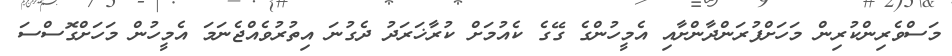
މަސްވެރިންކުރިން މަހަށްފުރަންދާންށާއި އެމީހުންގެ ގޭގެ ކެއުމަށް ކުރާޚަރަދު ދެގުނަ އިތުރުވެެއްޖެނަމަ އެމީހުން މަހަށްގޮސްސަ